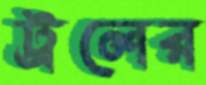
ট্রলের